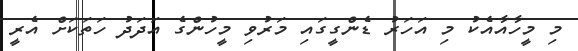
މި މީހާއާއެކު މި އަހަރު ޑެންގީގައި މަރުވި މީހުންގެ އަދަދު ހަތަކަށް އެރީ